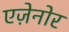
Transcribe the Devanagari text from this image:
एज़ेनोर